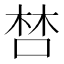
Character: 𠵂